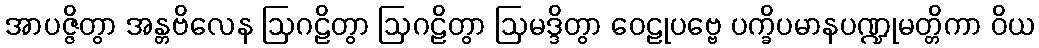
အာပဇ္ဇိတွာ အန္တဗိလေန ဩဂဠိတွာ ဩဂဠိတွာ ဩမဒ္ဒိတွာ ဝေဠုပဗ္ဗေ ပက္ခိပမာနပဏ္ဍုမတ္တိကာ ဝိယ